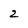
Character: 2